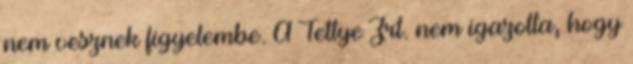
nem vesznek figyelembe. A Tettye Zrt. nem igazolta, hogy